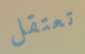
تعتقل